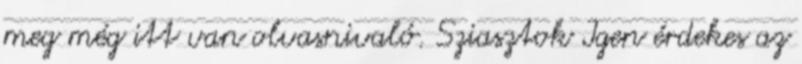
meg még itt van olvasnivaló. Sziasztok Igen érdekes az